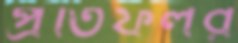
প্রতিফলর